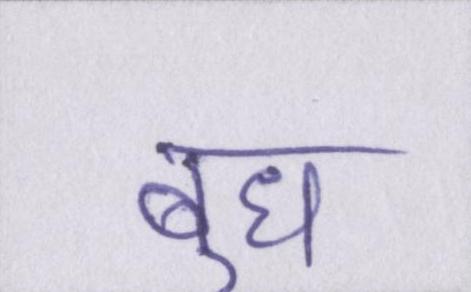
बुध